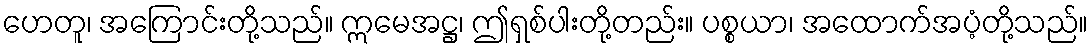
ဟေတူ၊ အကြောင်းတို့သည်။ ဣမေအဋ္ဌ၊ ဤရှစ်ပါးတို့တည်း။ ပစ္စယာ၊ အထောက်အပံ့တို့သည်။